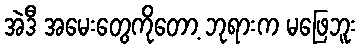
အဲဒီ အမေးတွေကိုတော့ ဘုရားက မဖြေဘူး